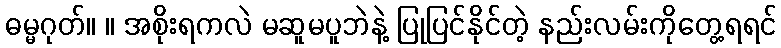
ဓမ္မဂုတ်။ ။ အစိုးရကလဲ မဆူမပူဘဲနဲ့ ပြုပြင်နိုင်တဲ့ နည်းလမ်းကိုတွေ့ရရင်